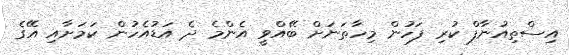
އިސްތިއުނާފް ކުރި ފަހުން މިހާތަނަށް ބޭއްވީ އެންމެ ދެ އަޑުއެހުން ކަމަށާއި އޭގެ